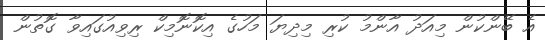
އެ ބޭންކުން މިއަދު އާންމު ކުރި މިދިޔަ މަހުގެ އިކޮނޮމިކް ރިވިއުގައިވާ ގޮތުން